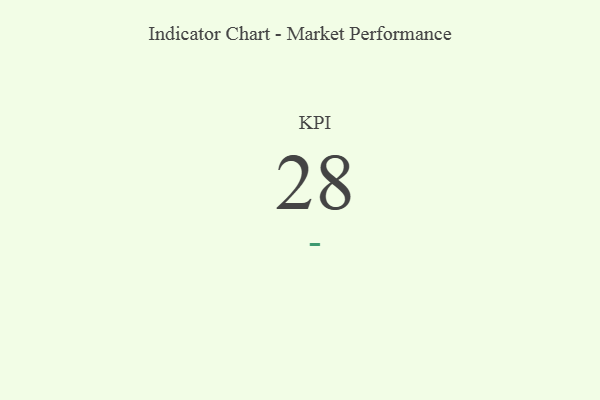
{"axis": {"x": "KPI", "y": "Value"}, "legend": [""], "data": [{"x": "KPI", "y": 28, "type": ""}]}